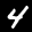
Label: 4